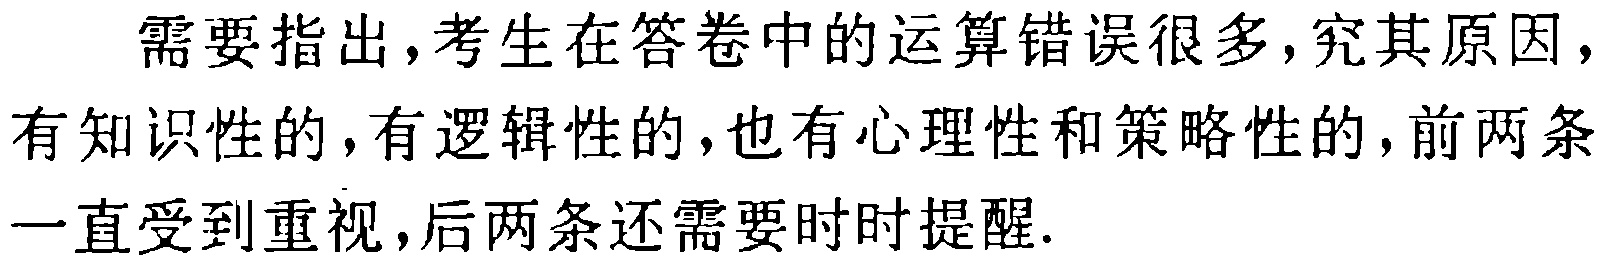
需要指出,考生在答卷中的运算错误很多,究其原因,有知识性的,有逻辑性的,也有心理性和策略性的,前两条一直受到重视,后两条还需要时时提醒.